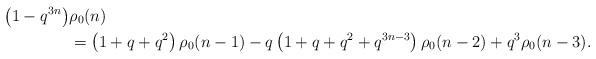
LaTeX: \begin{align*}\left(1 - q^{3n}\right) & \rho_0(n) \\& = \left(1 + q + q^2\right) \rho_0(n-1)- q\left(1 + q + q^2 + q^{3n-3}\right) \rho_0(n-2) + q^3 \rho_0(n-3). \end{align*}